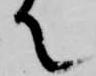
て